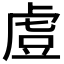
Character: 𧆲